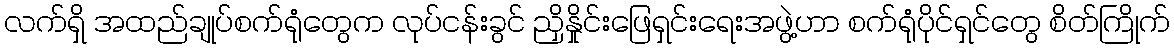
လက်ရှိ အထည်ချုပ်စက်ရုံတွေက လုပ်ငန်းခွင် ညှိနှိုင်းဖြေရှင်းရေးအဖွဲ့ဟာ စက်ရုံပိုင်ရှင်တွေ စိတ်ကြိုက်